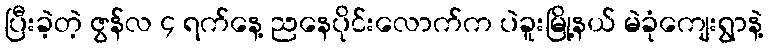
ပြီးခဲ့တဲ့ ဇွန်လ ၄ ရက်နေ့ ညနေပိုင်းလောက်က ပဲခူးမြို့နယ် မဲခုံကျေးရွာနဲ့